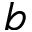
b